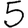
Digit: 5